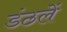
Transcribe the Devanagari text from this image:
डंठलें